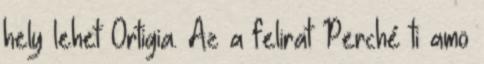
hely lehet Ortigia. Az a felirat Perché ti amo